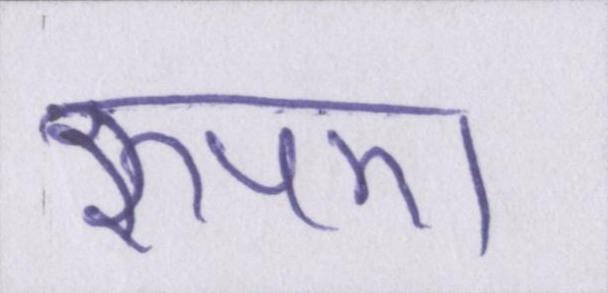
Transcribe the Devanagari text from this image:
रुपए